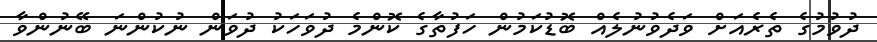
ދުވުމުގެ ތެރެއަށް ވަދެވުނުލެއް ބޮޑުކަމުން ހަފުތާގެ ކޮންމެ ދުވަހަކު ދުވަން ނުކުންނަ ބޭނުންވާ